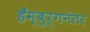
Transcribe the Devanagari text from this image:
हँम्बुर्गनंतर